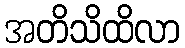
အတိသိထိလာ